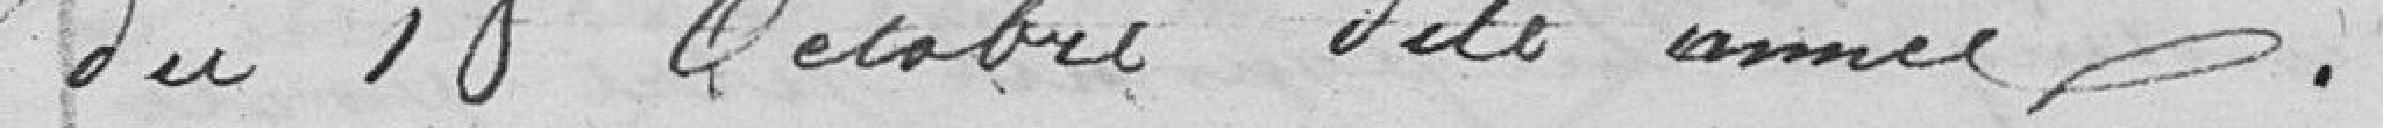
du 18 Octobre dite année.